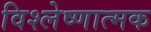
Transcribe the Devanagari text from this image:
विश्लेष्णात्मक